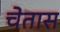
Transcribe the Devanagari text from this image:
चेतास